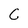
Character: C